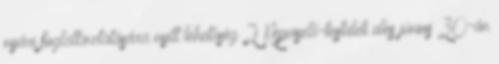
nyári foglalkoztatására nyílt lehetőség 2 Képviselő-testületi ülés június 30-án